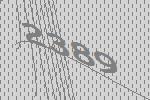
2389